Indian journal of veterinary science and animal husbandry - Volumes 18-21, 1948-1951
Year: 1948
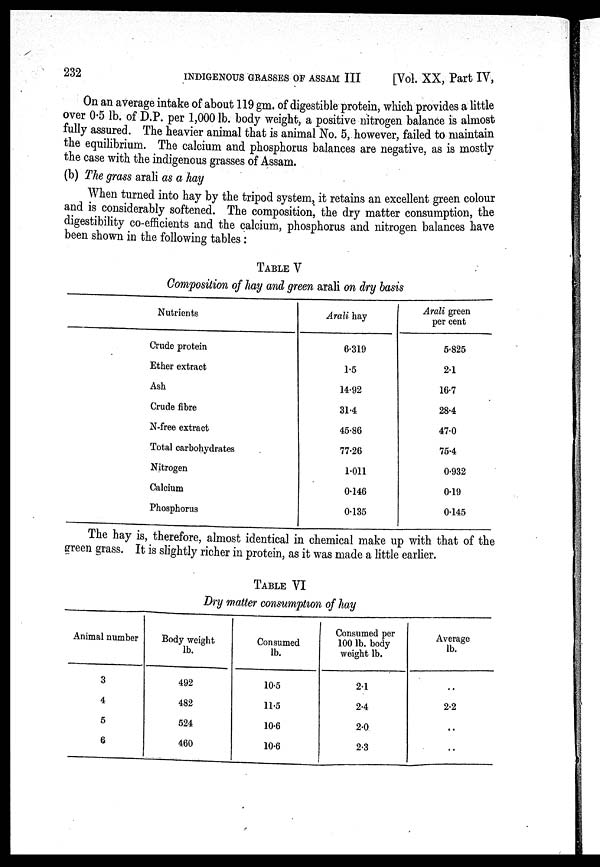
232 INDIGENOUS GRASSES OF ASSAM III
[Vol. XX, Part IV,
On an average intake of about 119 gm. of digestible protein, which provides a little
over 0.5 lb. of D.P. per 1,000 lb. body weight, a positive nitrogen balance is almost
fully assured. The heavier animal that is animal No. 5, however, failed to maintain
the equilibrium. The calcium and phosphorus balances are negative, as is mostly
the case with the indigenous grasses of Assam.
(b) The grass arali as a hay
When turned into hay by the tripod system, it retains an excellent green colour
and is considerably softened. The composition, the dry matter consumption, the
digestibility co-efficients and the calcium, phosphorus and nitrogen balances have
been shown in the following tables :
TABLE V
Composition of hay and green arali on dry basis
Nutrients
Crude protein
Ether extract
Ash
Crude fibre
N-free extract
Total carbohydrates
Nitrogen
Calcium
Phosphorus
Arali hay
6.319
1.5
14.92
31.4
45.86
77.26
1.011
0.146
0.135
Arali green
per cent
5.825
2.1
16.7
28.4
47.0
75.4
0.932
0.19
0.145
The hay is, therefore, almost identical in chemical make up with that of the
green grass. It is slightly richer in protein, as it was made a little earlier.
TABLE VI
Dry matter consumption of hay
Animal number
3
4
5
6
Body weight
lb.
492
482
524
460
Consumed
lb.
10.5
11.5
10.6
10.6
Consumed per
100 lb. body
weight lb.
2.1
2.4
2.0
2.3
Average
lb.
..
2.2
..
..